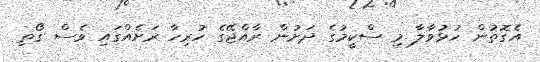
އެގޮތުން ހުޅުވާލާ މި ސްކީމުގެ ދަށުން ރާއްޖޭގެ ހުރިހާ ރަށެއްގައި ވެސް ގޯތި